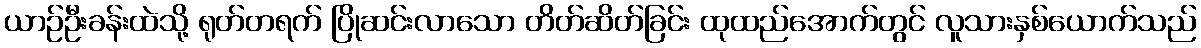
ယာဉ်ဦးခန်းထဲသို့ ရုတ်တရက် ပြိုဆင်းလာသော တိတ်ဆိတ်ခြင်း ထုထည်အောက်တွင် လူသားနှစ်ယောက်သည်